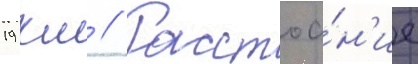
19 км // Расстоа́н'ие